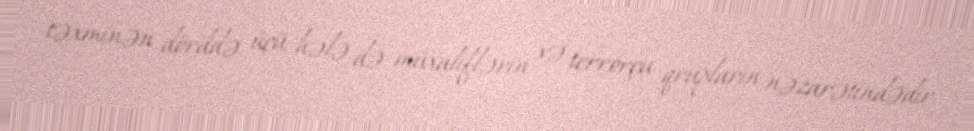
təxminən dörddə üçü hələ də müxaliflərin və terrorçu qrupların nəzarətindədir.